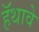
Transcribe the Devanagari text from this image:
हॅथावे